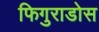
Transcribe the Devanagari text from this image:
फिगुराडोस